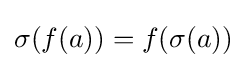
\sigma (f(a))=f(\sigma (a))